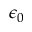
\epsilon _ { 0 }